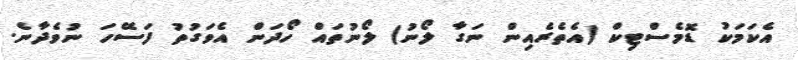
އެކަމަކު ޑޮމެސްޓިކް (އެތެރެއިން ނަގާ ލޯނު) ލޯނުތައް ހޯދަން އެވަގުތު ފަސޭހަ ނުވެދާނެ.